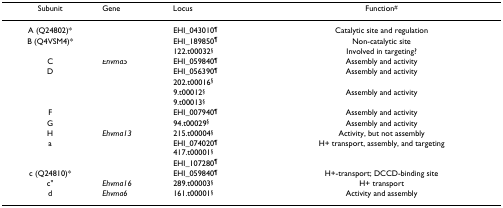
<table><thead><tr><td><b>Subunit</b></td><td><b>Gene</b></td><td><b>Locus</b></td><td><b>Function<sup>#</sup></b></td></tr></thead><tbody><tr><td>A (Q24802)*</td><td>[EMPTY_CELL]</td><td>EHI_043010<sup>¶</sup></td><td>Catalytic site and regulation</td></tr><tr><td>B (Q4VSM4)*</td><td><i>Ehvma2</i></td><td>EHI_189850<sup>¶</sup></td><td>Non-catalytic site</td></tr><tr><td>[EMPTY_CELL]</td><td>[EMPTY_CELL]</td><td>122.t00032<sup>§</sup></td><td>Involved in targeting?</td></tr><tr><td>C</td><td><i>Ehvma5</i></td><td>EHI_059840<sup>¶</sup></td><td>Assembly and activity</td></tr><tr><td>D</td><td>[EMPTY_CELL]</td><td>EHI_056390<sup>¶</sup></td><td>Assembly and activity</td></tr><tr><td>[EMPTY_CELL]</td><td>[EMPTY_CELL]</td><td>202.t00016<sup>§</sup></td><td>[EMPTY_CELL]</td></tr><tr><td>[EMPTY_CELL]</td><td>[EMPTY_CELL]</td><td>9.t00012<sup>§</sup></td><td>Assembly and activity</td></tr><tr><td>[EMPTY_CELL]</td><td>[EMPTY_CELL]</td><td>9.t00013<sup>§</sup></td><td>[EMPTY_CELL]</td></tr><tr><td>F</td><td>[EMPTY_CELL]</td><td>EHI_007940<sup>¶</sup></td><td>Assembly and activity</td></tr><tr><td>G</td><td>[EMPTY_CELL]</td><td>94.t00029<sup>§</sup></td><td>Assembly and activity</td></tr><tr><td>H</td><td><i>Ehvma13</i></td><td>215.t00004<sup>§</sup></td><td>Activity, but not assembly</td></tr><tr><td>a</td><td>[EMPTY_CELL]</td><td>EHI_074020<sup>¶</sup>417.t00001<sup>§</sup></td><td>H+ transport, assembly, and targeting</td></tr><tr><td>[EMPTY_CELL]</td><td>[EMPTY_CELL]</td><td>EHI_107280<sup>¶</sup></td><td>[EMPTY_CELL]</td></tr><tr><td>c (Q24810)*</td><td>[EMPTY_CELL]</td><td>EHI_059840<sup>¶</sup></td><td>H+-transport; DCCD-binding site</td></tr><tr><td>c"</td><td><i>Ehvma16</i></td><td>289.t00003<sup>§</sup></td><td>H+ transport</td></tr><tr><td>d</td><td><i>Ehvma6</i></td><td>161.t00001<sup>§</sup></td><td>Activity and assembly</td></tr></tbody></table>